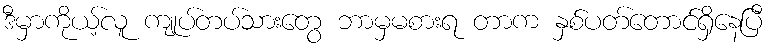
ဒီမှာကိုယ့်လူ ကျုပ်တပ်သားတွေ ဘာမှမစားရ တာက နှစ်ပတ်တောင်ရှိနေပြီ